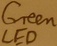
Text: LED